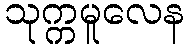
သုက္ကမူလေန